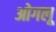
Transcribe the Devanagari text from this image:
ओगलू